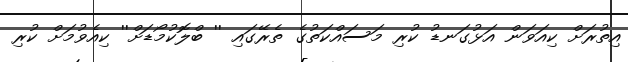
އިތުރަށް ކިއަވަން އަޅުގަނޑު ކުރި މަސައްކަތުގެ ތެރޭގައި '' ބްލޮކުމޯޑަށް'' ކިއެވުމަށް ކުރި